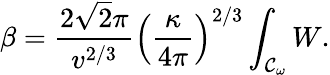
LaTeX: \beta=\frac{2\sqrt{2}\pi}{v^{2/3}}\left(\frac{\kappa}{4\pi}\right)^{2/3}\int_{{\cal{C}}_{\omega}}{W}.